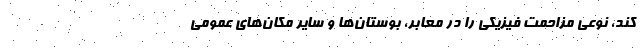
کند، نوعی مزاحمت فیزیکی را در معابر، بوستان‌ها و سایر مکان‌های عمومی